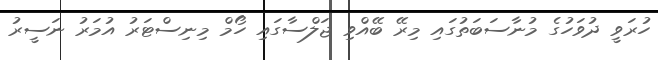
ހުރަވީ ދުވަހުގެ މުނާސަބަތުގައި މިރޭ ބޭއްވި ޖަލްސާގައި ހޯމް މިނިސްޓަރު އުމަރު ނަސީރު